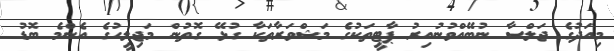
މިއަދުގެ ޖަލްސާ ނުބޭއްވުނުއިރު ޕާޓީތަކުގެ މަޝްވަރާތަކާ ގުޅޭ ގޮތުން މަޖިލީހުގެ އެންމެ ބޮޑު